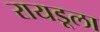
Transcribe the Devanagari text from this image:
रायडूला